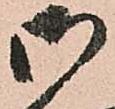
御